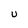
Character: U